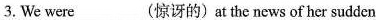
3. We were___(惊讶的)at the news of her sudden